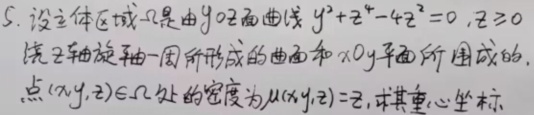
5. 设立体区域\(\Omega\)是由\(yOz\)面曲线\(y^{2}+z^{4}-4z^{2} = 0,z\geq0\)绕\(z\)轴旋转一周所形成的曲面和\(xOy\)平面所围成的，点\((x,y,z)\in\Omega\)处的密度为\(\mu(x,y,z)=z\)，求其重心坐标.